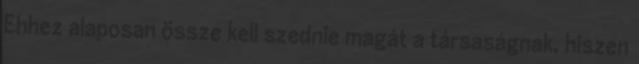
Ehhez alaposan össze kell szednie magát a társaságnak, hiszen